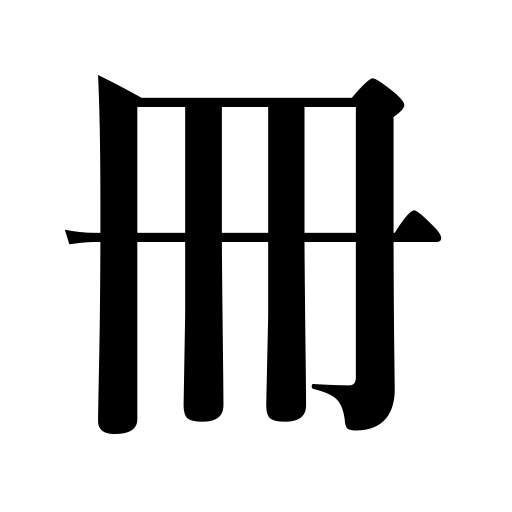
Meanings: book,letter,volume,book counter